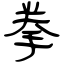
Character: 拳